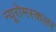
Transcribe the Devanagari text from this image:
न्यूरोमस्कलर